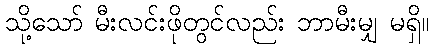
သို့သော် မီးလင်းဖိုတွင်လည်း ဘာမီးမျှ မရှိ။